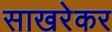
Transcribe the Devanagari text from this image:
साखरेकर